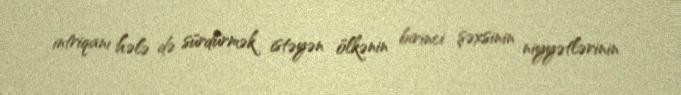
intriqanı hələ də sürdürmək istəyən ölkənin birinci şəxsinin niyyətlərinin